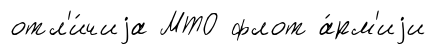
отл'и́чиjа МТО флот а́рм'иjи